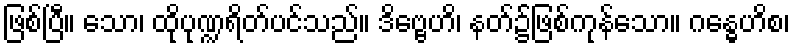
ဖြစ်ပြီ။ သော၊ ထိုပုဏ္ဍရိတ်ပင်သည်။ ဒိဗ္ဗေဟိ၊ နတ်၌ဖြစ်ကုန်သော။ ဂန္ဓေဟိစ၊